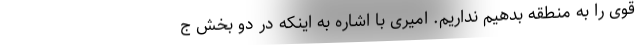
قوی را به منطقه بدهیم نداریم. امیری با اشاره به اینکه در دو بخش ج